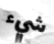
شيء